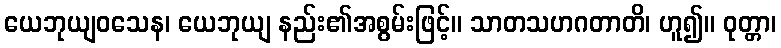
ယေဘုယျဝသေန၊ ယေဘုယျ နည်း၏အစွမ်းဖြင့်။ သာတသဟဂတာတိ၊ ဟူ၍။ ဝုတ္တာ၊